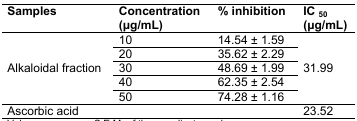
<table><thead><tr><td><b>Samples</b></td><td><b>Concentration (μg/mL)</b></td><td><b>% inhibition</b></td><td><b>IC<sub>50</sub> (μg/mL)</b></td></tr></thead><tbody><tr><td rowspan="9">Alkaloidal fraction</td><td>10</td><td>14.54 ± 1.59</td><td rowspan="9">31.99</td></tr><tr><td>20</td><td>35.62 ± 2.29</td></tr><tr><td>30</td><td>48.69 ± 1.99</td></tr><tr><td>40</td><td>62.35 ± 2.54</td></tr><tr><td>50</td><td>74.28 ± 1.16</td></tr><tr><td>Ascorbic acid</td><td></td><td></td><td>23.52</td></tr></tbody></table>